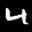
Label: 4